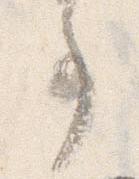
事